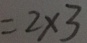
= 2 \times 3